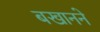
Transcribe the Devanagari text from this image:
बखानने